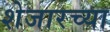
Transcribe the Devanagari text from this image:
शेजारच्‍या